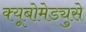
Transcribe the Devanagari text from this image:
क्यूबोमेड्युसे